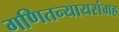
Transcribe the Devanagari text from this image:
गणितन्यायसंग्रह